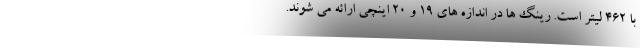
با 462 لیتر است. رینگ ها در اندازه های 19 و 20 اینچی ارائه می شوند.